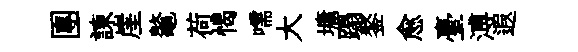
團諫崖鼇荷愒嚅大墉蹋鏊愈臺溥遐